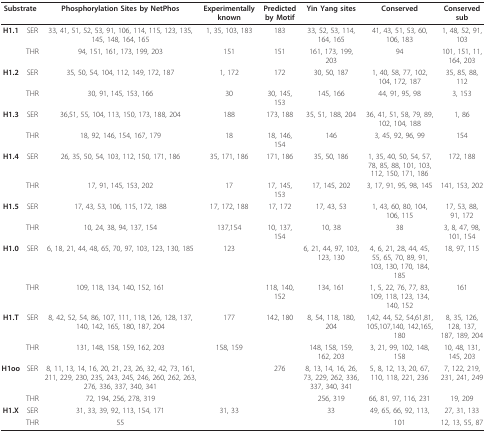
<table><thead><tr><td colspan="2"><b>Substrate</b></td><td><b>Phosphorylation Sites by NetPhos</b></td><td><b>Experimentally known</b></td><td><b>Predicted by Motif</b></td><td><b>Yin Yang sites</b></td><td><b>Conserved</b></td><td><b>Conserved sub</b></td></tr></thead><tbody><tr><td><b>H1.1</b></td><td>SER</td><td>33, 41, 51, 52, 53, 91, 106, 114, 115, 123, 135, 145, 148, 164, 165</td><td>1, 35, 103, 183</td><td>183</td><td>33, 52, 53, 114, 164, 165</td><td>41, 43, 51, 53, 60, 106, 183</td><td>1, 48, 52, 91, 103</td></tr><tr><td></td><td>THR</td><td>94, 151, 161, 173, 199, 203</td><td>151</td><td>151</td><td>161, 173, 199, 203</td><td>94</td><td>101, 151, 11, 164, 203</td></tr><tr><td><b>H1.2</b></td><td>SER</td><td>35, 50, 54, 104, 112, 149, 172, 187</td><td>1, 172</td><td>172</td><td>30, 50, 187</td><td>1, 40, 58, 77, 102, 104, 172, 187</td><td>35, 85, 88, 112</td></tr><tr><td></td><td>THR</td><td>30, 91, 145, 153, 166</td><td>30</td><td>30, 145, 153</td><td>145, 166</td><td>44, 91, 95, 98</td><td>3, 153</td></tr><tr><td><b>H1.3</b></td><td>SER</td><td>36,51, 55, 104, 113, 150, 173, 188, 204</td><td>188</td><td>173, 188</td><td>35, 51, 188, 204</td><td>36, 41, 51, 58, 79, 89, 102, 104, 188</td><td>1, 86</td></tr><tr><td></td><td>THR</td><td>18, 92, 146, 154, 167, 179</td><td>18</td><td>18, 146, 154</td><td>146</td><td>3, 45, 92, 96, 99</td><td>154</td></tr><tr><td><b>H1.4</b></td><td>SER</td><td>26, 35, 50, 54, 103, 112, 150, 171, 186</td><td>35, 171, 186</td><td>171, 186</td><td>35, 50, 186</td><td>1, 35, 40, 50, 54, 57, 78, 85, 88, 101, 103, 112, 150, 171, 186</td><td>172, 188</td></tr><tr><td></td><td>THR</td><td>17, 91, 145, 153, 202</td><td>17</td><td>17, 145, 153</td><td>17, 145, 202</td><td>3, 17, 91, 95, 98, 145</td><td>141, 153, 202</td></tr><tr><td><b>H1.5</b></td><td>SER</td><td>17, 43, 53, 106, 115, 172, 188</td><td>17, 172, 188</td><td>17, 172</td><td>17, 43, 53</td><td>1, 43, 60, 80, 104, 106, 115</td><td>17, 53, 88, 91, 172</td></tr><tr><td></td><td>THR</td><td>10, 24, 38, 94, 137, 154</td><td>137,154</td><td>10, 137, 154</td><td>10, 38</td><td>38</td><td>3, 8, 47, 98, 101, 154</td></tr><tr><td><b>H1.0</b></td><td>SER</td><td>6, 18, 21, 44, 48, 65, 70, 97, 103, 123, 130, 185</td><td>123</td><td></td><td>6, 21, 44, 97, 103, 123, 130</td><td>4, 6, 21, 28, 44, 45, 55, 65, 70, 89, 91, 103, 130, 170, 184, 185</td><td>18, 97, 115</td></tr><tr><td></td><td>THR</td><td>109, 118, 134, 140, 152, 161</td><td></td><td>118, 140, 152</td><td>134, 161</td><td>1, 5, 22, 76, 77, 83, 109, 118, 123, 134, 140, 152</td><td>161</td></tr><tr><td><b>H1.T</b></td><td>SER</td><td>8, 42, 52, 54, 86, 107, 111, 118, 126, 128, 137, 140, 142, 165, 180, 187, 204</td><td>177</td><td>142, 180</td><td>8, 54, 118, 180, 204</td><td>1,42, 44, 52, 54,61,81, 105,107,140, 142,165, 180</td><td>8, 35, 126, 128, 137, 187, 189, 204</td></tr><tr><td></td><td>THR</td><td>131, 148, 158, 159, 162, 203</td><td>158, 159</td><td></td><td>148, 158, 159, 162, 203</td><td>3, 21, 99, 102, 148, 158</td><td>10, 48, 131, 145, 203</td></tr><tr><td><b>H1oo</b></td><td>SER</td><td>8, 11, 13, 14, 16, 20, 21, 23, 26, 32, 42, 73, 161, 211, 229, 230, 235, 243, 245, 246, 260, 262, 263, 276, 336, 337, 340, 341</td><td></td><td>276</td><td>8, 13, 14, 16, 26, 73, 229, 262, 336, 337, 340, 341</td><td>5, 8, 12, 13, 20, 67, 110, 118, 221, 236</td><td>7, 122, 219, 231, 241, 249</td></tr><tr><td></td><td>THR</td><td>72, 194, 256, 278, 319</td><td></td><td></td><td>256, 319</td><td>66, 81, 97, 116, 231</td><td>19, 209</td></tr><tr><td><b>H1.X</b></td><td>SER</td><td>31, 33, 39, 92, 113, 154, 171</td><td>31, 33</td><td></td><td>33</td><td>49, 65, 66, 92, 113,</td><td>27, 31, 133</td></tr><tr><td></td><td>THR</td><td>55</td><td></td><td></td><td></td><td>101</td><td>12, 13, 55, 87</td></tr></tbody></table>